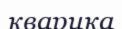
кварцқа